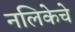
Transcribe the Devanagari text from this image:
नलिकेचे